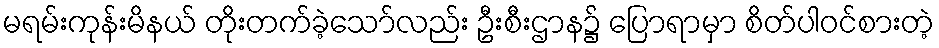
မရမ်းကုန်းမိနယ် တိုးတက်ခဲ့သော်လည်း ဦးစီးဌာန၌ ပြောရာမှာ စိတ်ပါဝင်စားတဲ့